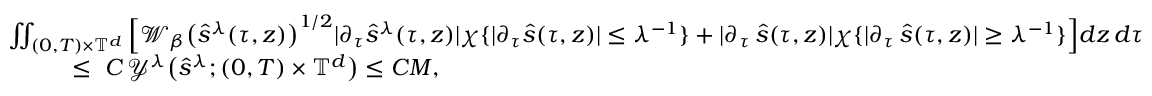
\begin{array} { r l } & { \ \iint _ { ( 0 , T ) \times \mathbb { T } ^ { d } } \Big [ \mathcal { W } _ { \beta } \big ( \hat { s } ^ { \lambda } ( \tau , z ) \big ) ^ { 1 / 2 } | \partial _ { \tau } \hat { s } ^ { \lambda } ( \tau , z ) | \chi { \{ | \partial _ { \tau } \hat { s } ( \tau , z ) | \leq \lambda ^ { - 1 } \} } + | \partial _ { \tau } \, \hat { s } ( \tau , z ) | \chi { \{ | \partial _ { \tau } \, \hat { s } ( \tau , z ) | \geq \lambda ^ { - 1 } \} } \Big ] d z \, d \tau } \\ & { \quad \quad \quad \leq \ C \, \mathcal { Y } ^ { \lambda } \big ( \hat { s } ^ { \lambda } ; { ( 0 , T ) \times \mathbb { T } ^ { d } } \big ) \leq C M , } \end{array}